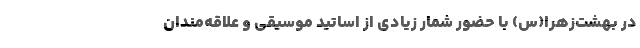
در بهشت‌زهرا(س) با حضور شمار زیادی از اساتید موسیقی و علاقه‌مندان